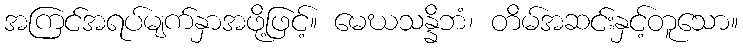
အကြင်အရပ်မျက်နှာအဖို့ဖြင့်။ မေဃသန္နိဘံ၊ တိမ်အဆင်းနှင့်တူသော။